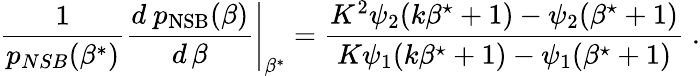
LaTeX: \frac{1}{{p}_{NSB}(\beta^{*})}\left.\frac{d\ {p}_{\mathrm{NSB}}(\beta)}{d\, \beta}\right|_{\beta^{*}}=\frac{K^{2}\psi_{2}(k\beta^{\star}+1)-\psi_{2}(\beta^{\star}+1)}{K\psi_{1}(k\beta^{\star}+1)-\psi_{1}(\beta^{\star}+1)}\; .